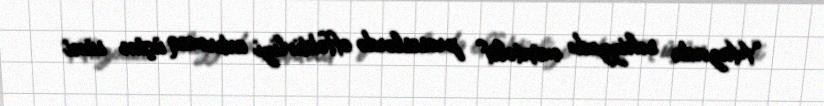
“Hazırda səhiyyədə müxtəlif proseslərdə effektivliyi artırmaq üçün süni